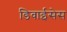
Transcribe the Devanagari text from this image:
डिवाईसेस